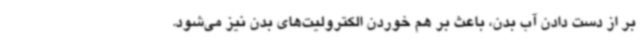
بر از دست دادن آب بدن، باعث بر هم خوردن الکترولیت‌های بدن نیز می‌شود.